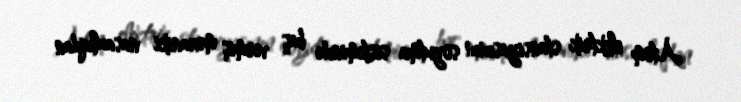
Atom elektrik stansiyasının soyutma sistemində baş vermiş mexaniki nasazlıqdan